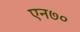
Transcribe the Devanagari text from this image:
एन७०